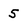
Character: 5